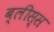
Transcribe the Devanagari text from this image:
ब्लीस्स